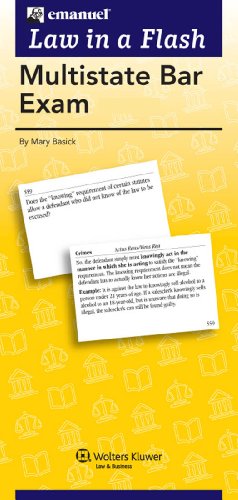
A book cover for MBE Flash Cards (Law in a Flash); Basick; Test Preparation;